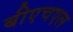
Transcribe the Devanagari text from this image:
बीएचएल